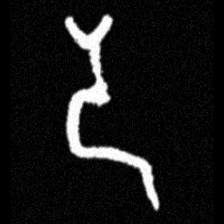
Pyu character \u2014 Myanmar letter: ဒ (romanized: da)